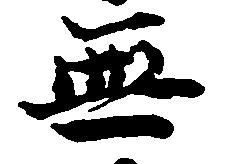
無